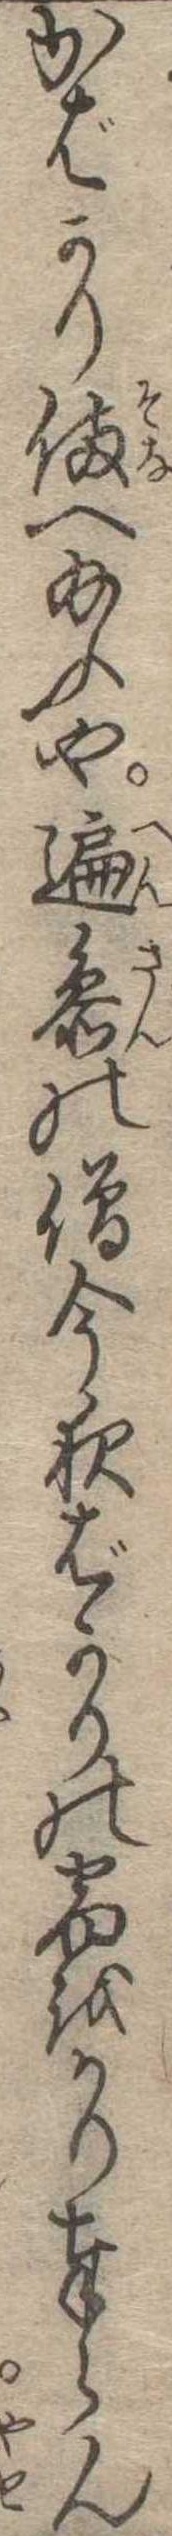
かばかり備へ給ふや遍参の僧今夜ばかりの宿をかり奉らん